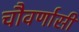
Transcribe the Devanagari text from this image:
चौवर्णासी